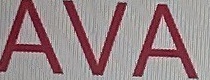
AVA